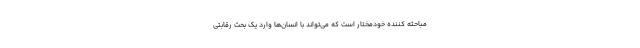
مباحثه کننده خودمختار است که می‌تواند با انسان‌ها وارد یک بحث رقابتی